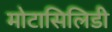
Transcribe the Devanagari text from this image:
मोटासिलिडी